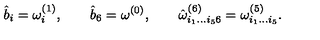
{ \hat { b } } _ { i } = \omega _ { i } ^ { ( 1 ) } , \qquad { \hat { b } } _ { 6 } = \omega ^ { ( 0 ) } , \qquad { \hat { \omega } } _ { i _ { 1 } \dots i _ { 5 } 6 } ^ { ( 6 ) } = \omega _ { i _ { 1 } \dots i _ { 5 } } ^ { ( 5 ) } .